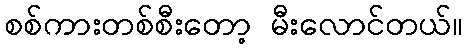
စစ်ကားတစ်စီးတော့ မီးလောင်တယ်။